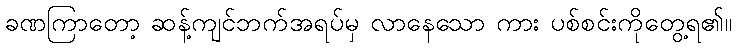
ခဏကြာတော့ ဆန့်ကျင်ဘက်အရပ်မှ လာနေသော ကား ပစ်စင်းကိုတွေ့ရ၏။